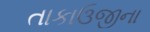
તાકાઉજીના